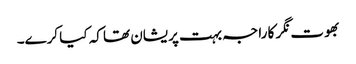
بھوت نگر کا راجہ بہت پریشان تھا کہ کیا کرے۔